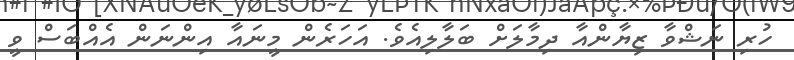
ހުރި ނަޝްވާ ޒިޔާންއާ ދިމާލަށް ބަލާލިއެވެ. އަހަރެން މީނައާ އިންނަން އެއްބަސް ވީ